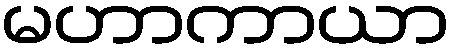
မဟာကာယာ